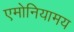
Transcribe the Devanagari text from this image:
एमोनियामय